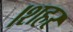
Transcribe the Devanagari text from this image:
।शहर